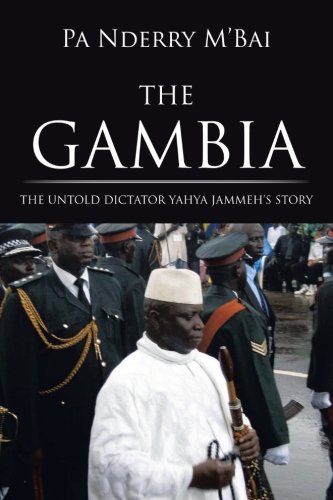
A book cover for The Gambia: The Untold Dictator Yahya Jammeh's Story; Pa Nderry M'Bai; Crafts, Hobbies & Home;